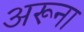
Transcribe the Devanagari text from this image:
अरूना